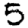
Digit: 5